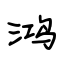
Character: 鸿